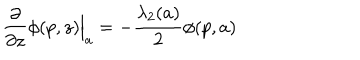
\frac { \partial } { \partial z } \phi ( p , z ) \Big | _ { a } = - \frac { \lambda _ { 2 } ( a ) } 2 \phi ( p , a )